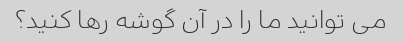
می توانید ما را در آن گوشه رها کنید؟